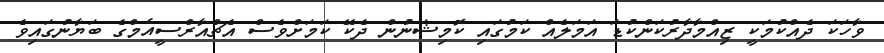
ވާހަކަ ދެއްކުމަކީ ޒިއްމާދާރުކަންކުޑަ އަމަލެއް ކަމުގައި ކޮމިޝަނުން ދެކޭ ކަމަށްވެސް އެޗްއާރްސީއެމްގެ ބަޔާނުގައިވެ